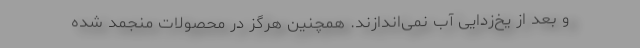
و بعد از یخ‌زدایی آب نمی‌اندازند. همچنین هرگز در محصولات منجمد شده